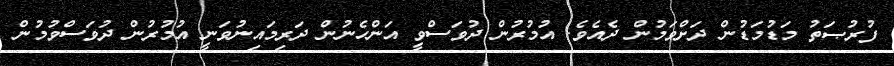
ފުރުޞަތު މަޑުމަޑުން ދަށްވަމުން ދެއެވެ. އުމުރުން ދުވަސްވީ އަންހެނުން ދަރިމައިނުވަނީ އުމުރުން ދުވަސްވުމުން